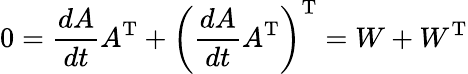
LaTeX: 0={\frac{dA}{dt}}A^{\mathrm{T}}+\left({\frac{dA}{dt}}A^{\mathrm{T}}\right)^{\mathrm{T}}=W+W^{\mathrm{T}}